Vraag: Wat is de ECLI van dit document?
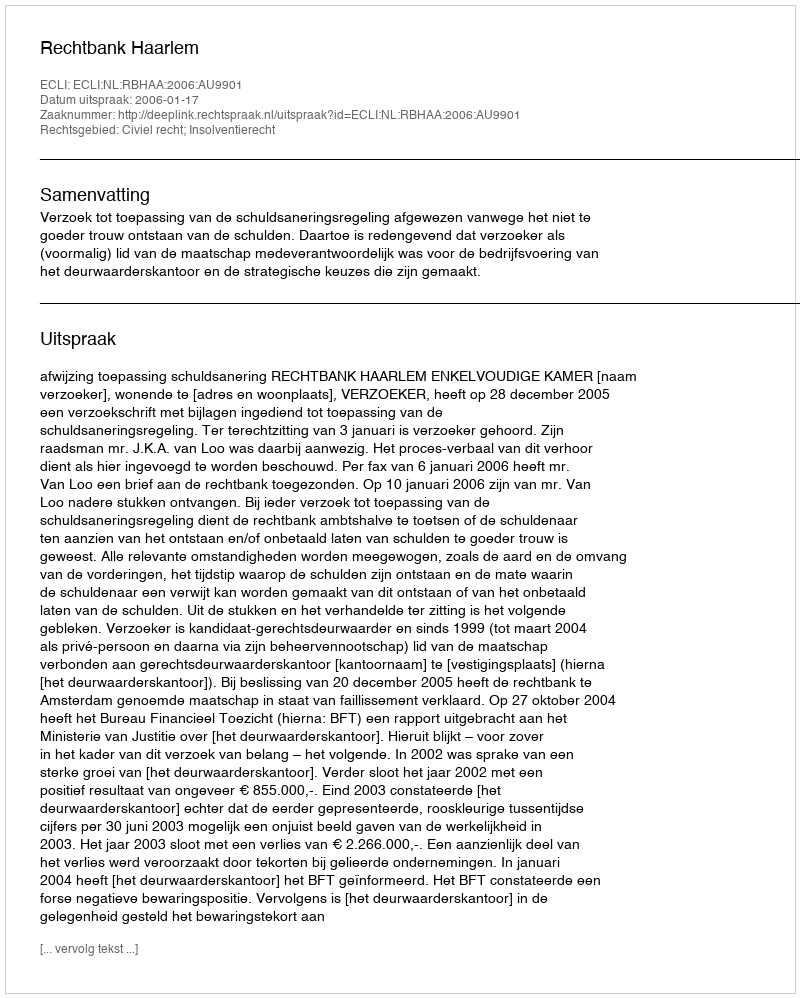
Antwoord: ECLI:NL:RBHAA:2006:AU9901